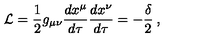
{ \cal { L } } = \frac { 1 } { 2 } g _ { \mu \nu } \frac { d x ^ { \mu } } { d \tau } \frac { d x ^ { \nu } } { d \tau } = - \frac { \delta } { 2 } \: ,